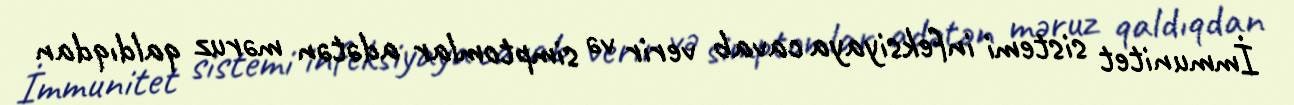
İmmunitet sistemi infeksiyaya cavab verir və simptomlar adətən məruz qaldıqdan